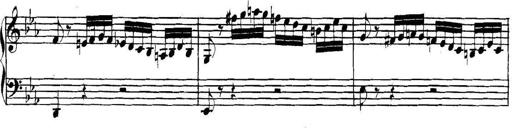
Title: Collected Piano Sonatas
Composer: Muzio Clementi